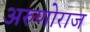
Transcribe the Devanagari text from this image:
अरुणोराज